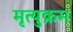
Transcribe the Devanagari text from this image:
मृत्युक्रम